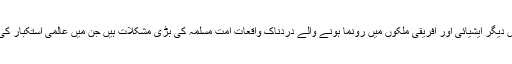
علاقے میں، عراق، شام، یمن، بحرین، غرب اردن اور غزہ میں اور بعض دیگر ایشیائی اور افریقی ملکوں میں رونما ہونے والے دردناک واقعات امت مسلمہ کی بڑی مشکلات ہیں جن میں عالمی استکبار کی سازش کو سمجھنا اور اس کی راہ حل کے بارے میں غور کرنا چاہئے۔